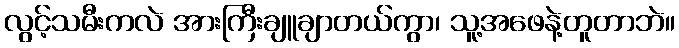
လွင့်သမီးကလဲ အားကြီးချူချာတယ်ကွာ၊ သူ့အဖေနဲ့တူတာဘဲ။